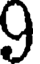
9